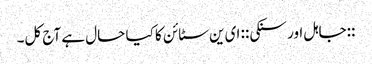
::جاہل اور سنکی:: ای ین سٹائن کا کیا حال ہے آج کل۔